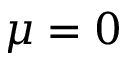
\mu = 0